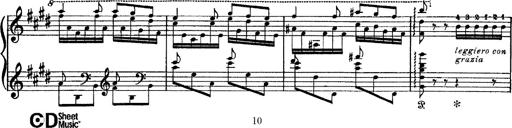
Title: Tarantelle di bravura dâ€™aprÃ¨s la tarantelle de La muette de Portici
Composer: Franz Liszt